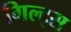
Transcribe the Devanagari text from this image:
गिल्ट्स